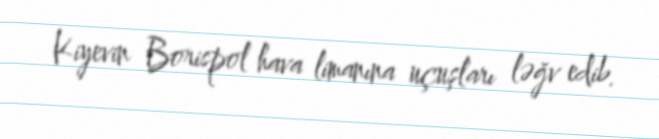
Kiyevin Borispol hava limanına uçuşları ləğv edib.